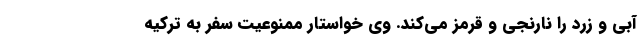
آبی و زرد را نارنجی و قرمز می‌کند. وی خواستار ممنوعیت سفر به ترکیه